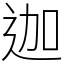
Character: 迦